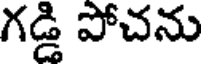
గడ్డి పోచను